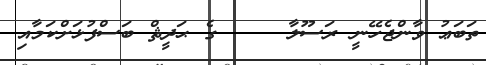
ތަބަޢު ވާންޖެހޭނީ ރަސޫލާ     ގެ ޙަދީޘް ބަސްފުޅަށްކަމާއި